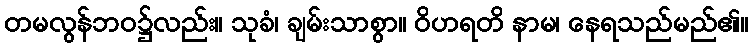
တမလွန်ဘဝ၌လည်း။ သုခံ၊ ချမ်းသာစွာ။ ဝိဟရတိ နာမ၊ နေရသည်မည်၏။